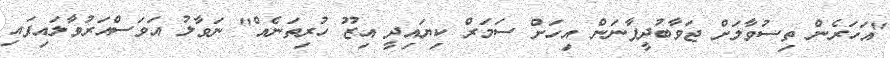
"އަހަރެން ތިސުވާލަށް ޖަވާބުދީފާނަން އިހަށް ސަމަރް ކިޔައިދީ އިޒޫ ހުރިތަނެއް" ނަވާލު އަވަސްއަރުވާލައިފައި